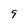
Character: 9